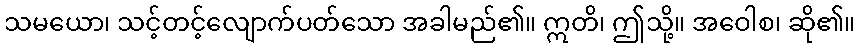
သမယော၊ သင့်တင့်လျောက်ပတ်သော အခါမည်၏။ ဣတိ၊ ဤသို့။ အဝေါစ၊ ဆို၏။